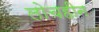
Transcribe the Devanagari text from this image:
लोचहीन